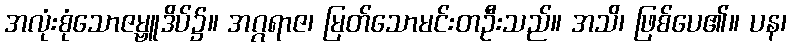
အလုံးစုံသောဇမ္ဗူဒိပ်၌။ အဂ္ဂရာဇ၊ မြတ်သောမင်းတဦးသည်။ အသိ၊ ဖြစ်ပေ၏။ ပန၊